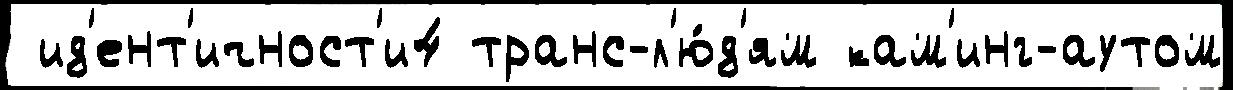
 ид'ент'ичност'и4 транс-л'ю́д'ям кам'инг-аутом